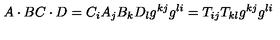
A \cdot B C \cdot D = C _ { i } A _ { j } B _ { k } D _ { l } g ^ { k j } g ^ { l i } = T _ { i j } T _ { k l } g ^ { k j } g ^ { l i }